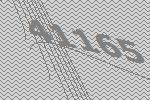
41165